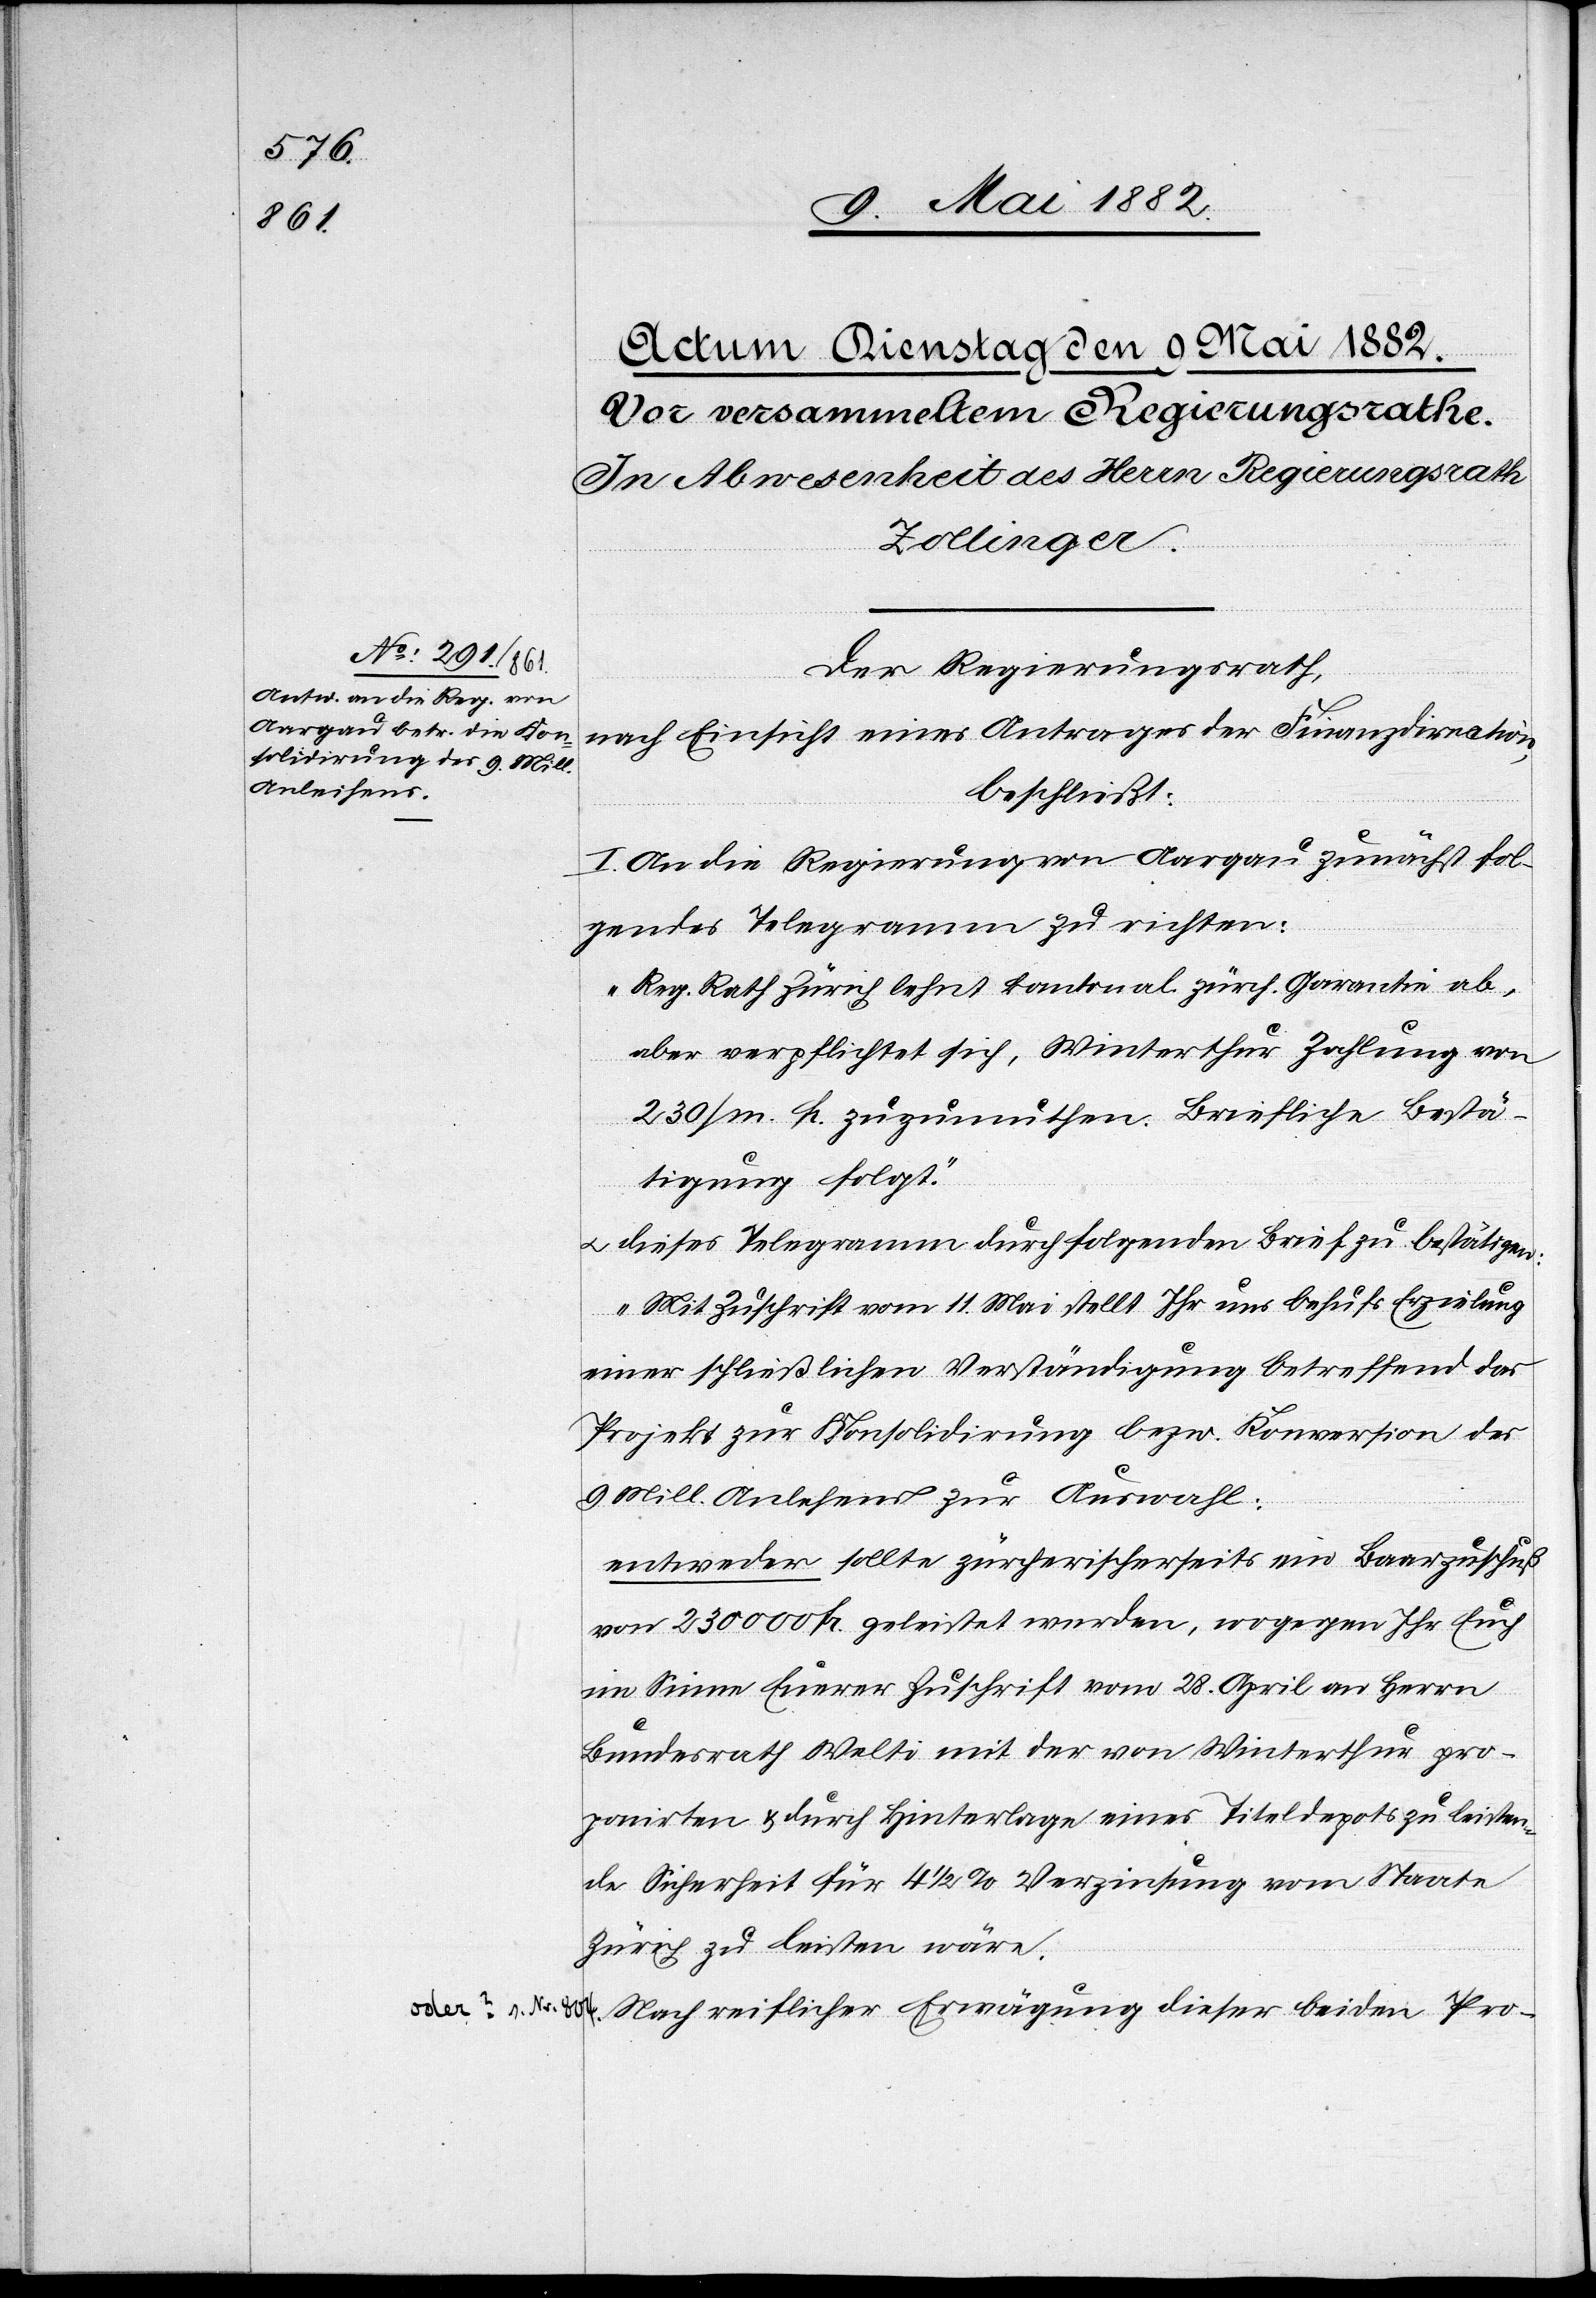
Der Regierungsrath,
nach Einsicht eines Antrages der Finanzdirection,
beschließt:
I. An die Regierung von Aargau zunächst fol¬
gendes Telegramm zu richten:
„Reg. Rath Zürich lehnt kantonal. zürch. Garantie ab,
aber verpflichtet sich, Winterthur Zahlung von
230/m Fr. zuzumuthen. Briefliche Bestä¬
tigung folgt.“
u. dieses Telegramm durch folgenden Brief zu bestätigen:
„Mit Zuschrift vom 11. Mai stellt Ihr uns behufs Erzielung
einer schließlichen Verständigung betreffend das
Projekt zur Konsolidirung bezw. Konversion des
9. Mill. Anlehens zur Auswahl:
entweder sollte zürcherischerseits ein Baarzuschuß
von 230 000 Fr. geleistet werden, wogegen Ihr Euch
im Sinne Euerer Zuschrift vom 28. April an Herrn
proponirten & durch Hinterlage eines Titeldepots zu leisten¬
de Sicherheit für 4 1/2% Verzinsung vom Staate
Zürich zu leisten wäre.
Nach reiflicher Erwägung dieser beiden Pro-